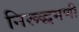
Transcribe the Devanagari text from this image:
निरूद्धमणी